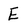
Character: E